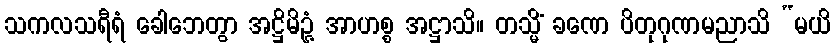
သကလသရီရံ ခေါဘေတွာ အဋ္ဌိမိဉ္ဇံ အာဟစ္စ အဋ္ဌာသိ။ တသ္မိံ ခဏေ ပိတုဂုဏမညာသိ “မယိ